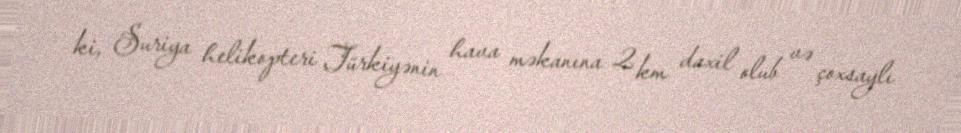
ki, Suriya helikopteri Türkiyənin hava məkanına 2 km daxil olub və çoxsaylı